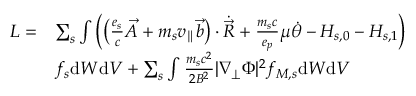
\begin{array} { r l } { L = } & { \sum _ { s } \int \left( \left( \frac { e _ { s } } { c } \Vec { A } + m _ { s } v _ { \parallel } \Vec { b } \right) \cdot \Dot { \Vec { R } } + \frac { m _ { s } c } { e _ { p } } \mu \Dot { \theta } - H _ { s , 0 } - H _ { s , 1 } \right) } \\ & { f _ { s } \mathrm { d } W \mathrm { d } V + \sum _ { s } \int \frac { m _ { s } c ^ { 2 } } { 2 B ^ { 2 } } | \nabla _ { \perp } \Phi | ^ { 2 } f _ { M , s } \mathrm { d } W \mathrm { d } V } \end{array}